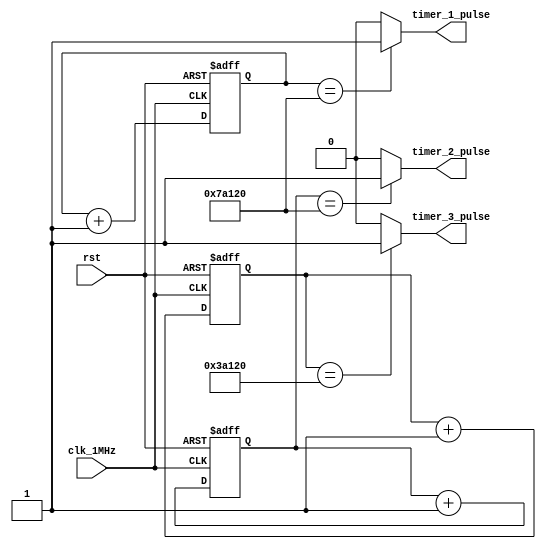
module multirate_timer(
    input wire clk_1MHz,
    input wire rst,
    
    // Timer block 1 operating at 1MHz
    output reg timer_1_pulse,
    
    // Timer block 2 operating at 500kHz
    output reg timer_2_pulse,
    
    // Timer block 3 operating at 250kHz
    output reg timer_3_pulse
);

reg [19:0] counter_1MHz;
reg [18:0] counter_500kHz;
reg [17:0] counter_250kHz;

always @(posedge clk_1MHz or posedge rst) begin
    if (rst) begin
        counter_1MHz <= 20'd0;
        counter_500kHz <= 19'd0;
        counter_250kHz <= 18'd0;
    end else begin
        counter_1MHz <= counter_1MHz + 1;
        counter_500kHz <= counter_500kHz + 1;
        counter_250kHz <= counter_250kHz + 1;
    end
end

assign timer_1_pulse = (counter_1MHz == 20'd500000) ? 1'b1 : 1'b0;
assign timer_2_pulse = (counter_500kHz == 19'd500000) ? 1'b1 : 1'b0;
assign timer_3_pulse = (counter_250kHz == 18'd500000) ? 1'b1 : 1'b0;

endmodule